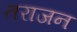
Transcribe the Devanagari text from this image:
तराजन